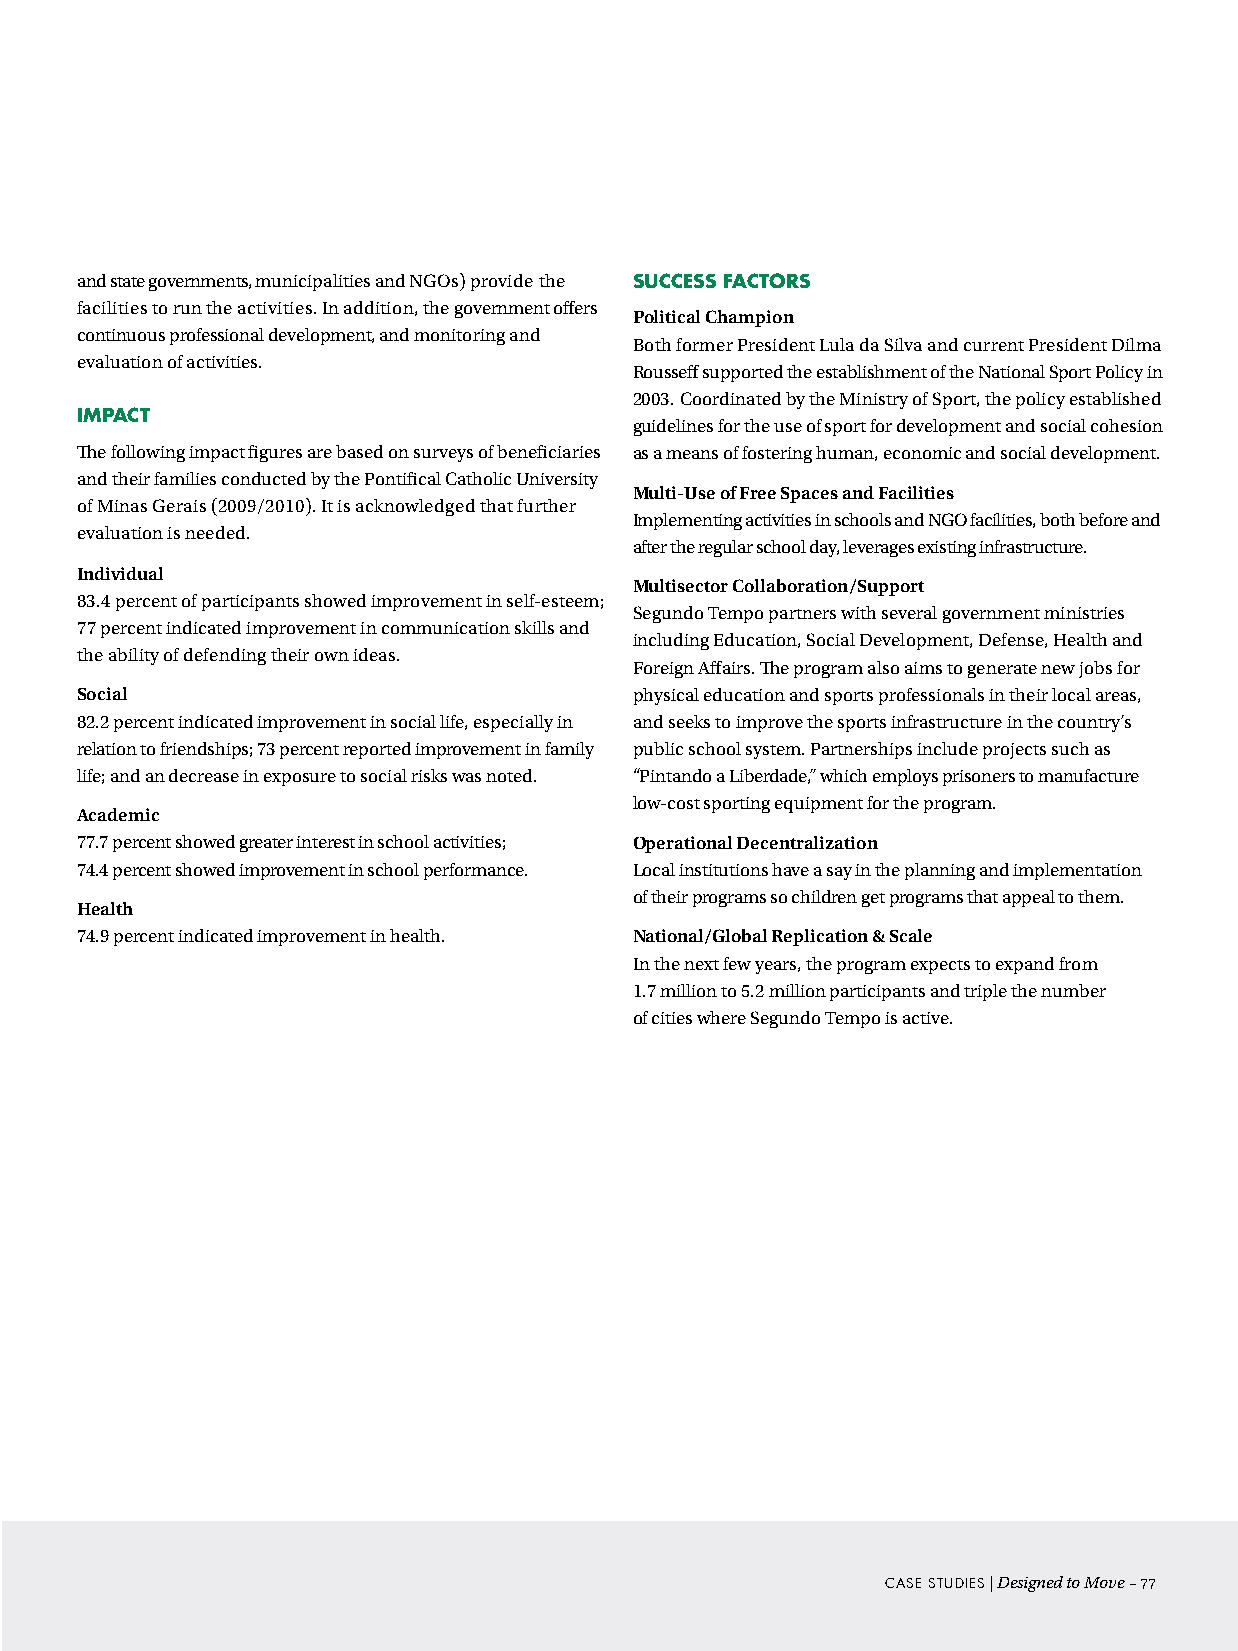
and state governments, municipalities and NGOs) provide the success FactORs
 facilities to run the activities. In addition, the government offers
 Political Champion
 continuous professional development, and monitoring and
 Both former President Lula da Silva and current President Dilma
 evaluation of activities.
 Rousseff supported the establishment of the National Sport Policy in
 2003. Coordinated by the Ministry of Sport, the policy established
 iMPact
 guidelines for the use of sport for development and social cohesion
 The following impact figures are based on surveys of beneficiaries as a means of fostering human, economic and social development.
 and their families conducted by the Pontifical Catholic University
 Multi-Use of Free Spaces and Facilities
 of Minas Gerais (2009/2010). It is acknowledged that further
 Implementing activities in schools and NGO facilities, both before and
 evaluation is needed.
 after the regular school day, leverages existing infrastructure.
 Individual
 Multisector Collaboration/Support
 83.4 percent of participants showed improvement in self-esteem;
 Segundo Tempo partners with several government ministries
 77 percent indicated improvement in communication skills and
 including Education, Social Development, Defense, Health and
 the ability of defending their own ideas.
 Foreign Affairs. The program also aims to generate new jobs for
 Social                               physical education and sports professionals in their local areas,
 82.2 percent indicated improvement in social life, especially in and seeks to improve the sports infrastructure in the country’s
 relation to friendships; 73 percent reported improvement in family public school system. Partnerships include projects such as
 life; and an decrease in exposure to social risks was noted. “Pintando a Liberdade,” which employs prisoners to manufacture
 low-cost sporting equipment for the program.
 Academic
 77.7 percent showed greater interest in school activities; Operational Decentralization
 74.4 percent showed improvement in school performance. Local institutions have a say in the planning and implementation
 of their programs so children get programs that appeal to them.
 Health
 74.9 percent indicated improvement in health. National/Global Replication & Scale
 In the next few years, the program expects to expand from
 1.7 million to 5.2 million participants and triple the number
 of cities where Segundo Tempo is active.
 cAse sTudies | Designed to Move –77